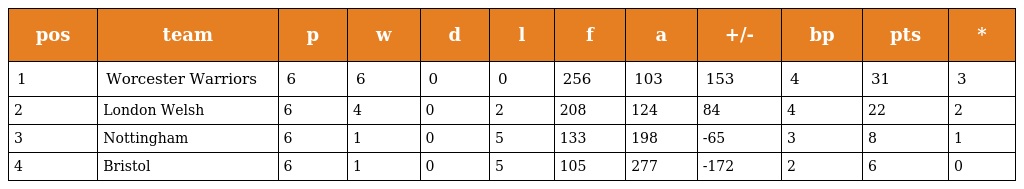
| pos | team | p | w | d | l | f | a | +/- | bp | pts | * |
 | --- | --- | --- | --- | --- | --- | --- | --- | --- | --- | --- | --- |
 | 1 | Worcester Warriors | 6 | 6 | 0 | 0 | 256 | 103 | 153 | 4 | 31 | 3 |
 | 2 | London Welsh | 6 | 4 | 0 | 2 | 208 | 124 | 84 | 4 | 22 | 2 |
 | 3 | Nottingham | 6 | 1 | 0 | 5 | 133 | 198 | -65 | 3 | 8 | 1 |
 | 4 | Bristol | 6 | 1 | 0 | 5 | 105 | 277 | -172 | 2 | 6 | 0 |